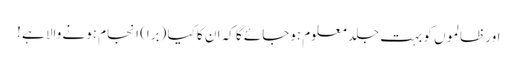
اور ظالموں کو بہت جلد معلوم ہوجائے گا کہ ان کا کیا (برا) انجام ہونے والا ہے !